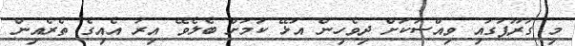
މި ގުރޫޕުގައި ވިއްސަކަށް ދިވެހިން އުޅޭ ކަމަށް ބެލެވޭ އިރު އެއިގެ ތެރެއިން